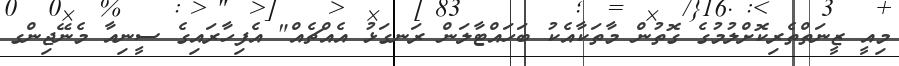
މިއީ ޒީނަތްތެރިކޮށްލުމުގެ ގޮތުން މާތަކާއެކު ބަހައްޓާލަން ރަނގަޅު އެއްޗެއް" އެފިހާރައިގެ ސީނިއާ މެނޭޖިންގ